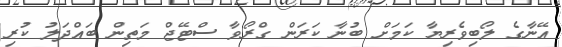
އޭނާގެ ލޯބިވެރިޔާ ކަމަށް ބުނާ ކަރަން ގްރޯވާ ސްޓޭޖް މަތިން ބައްދަލު ކުރި